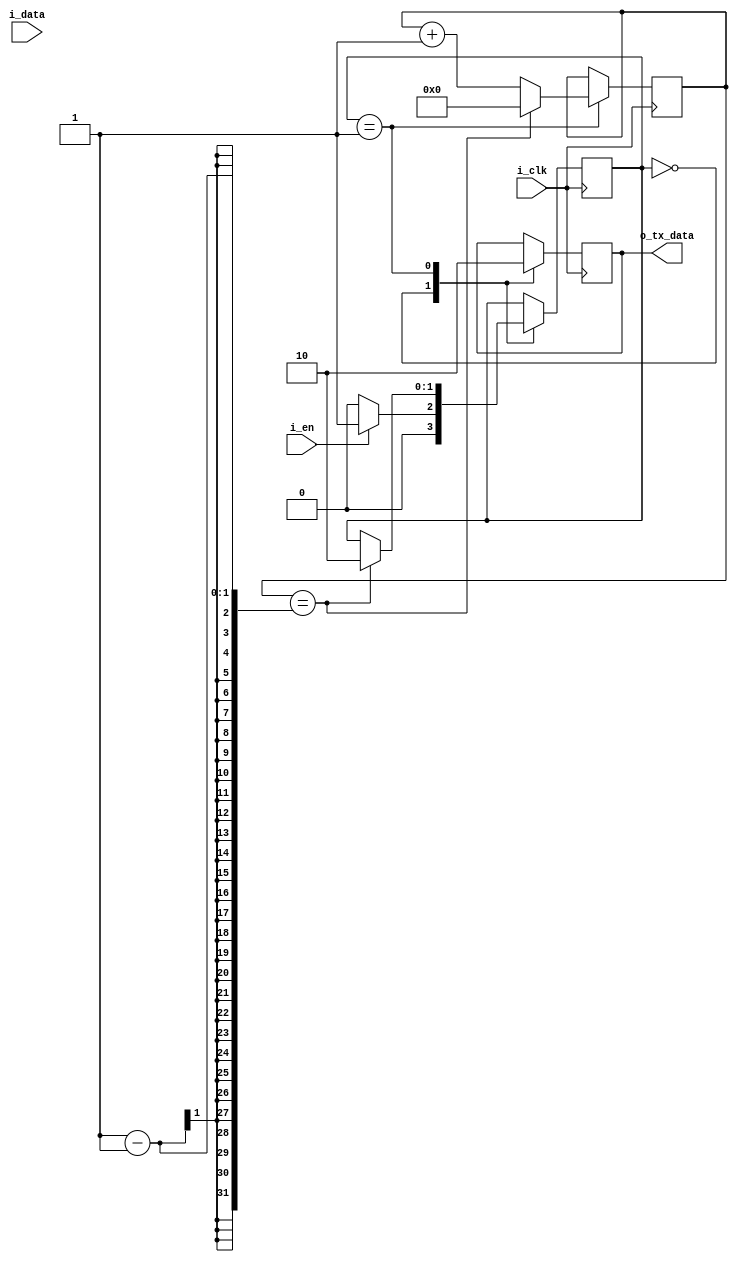
module uart_tx #(parameter CLK_CYCLES = 0, parameter BIT_NUM = 0) 
(
    input i_clk,
    input i_en,  //enable when we want to dump data into tx
    input [(BIT_NUM - 1):0] i_data,
    output o_tx_data
);

localparam IDLE = 0;
localparam START = 1;
localparam DATA = 2;
localparam STOP = 3;

reg [1:0] r_SM = 0;
reg [15:0] r_counter = 0;

always @ (posedge(i_clk))
begin
    case (r_SM)
        IDLE:
        begin
            o_tx_data <= 1'd1;
            if (i_en == 1'd1)
            begin
                r_SM <= START;
            end
            else
            begin
                r_SM <= IDLE;
            end
        end

        START:
        begin
            o_tx_data <= 1'd0;
            if (r_counter == (CLK_CYCLE - 1))
            begin
                r_SM <= DATA;
                r_counter <= 0;
            end
            else
            begin
                r_counter <= r_counter + 1;
            end
        end

        DATA:
        begin
            
        end
    endcase
end

endmodule